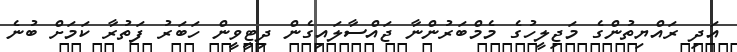
އަދި ރައްޔިތުންގެ މަޖިލީހުގެ މެމްބަރުންނާ ޖައްސާލައިގެން ދިޓީވީން ހަބަރު ފަތުރާ ކަމަށް ބުނެ